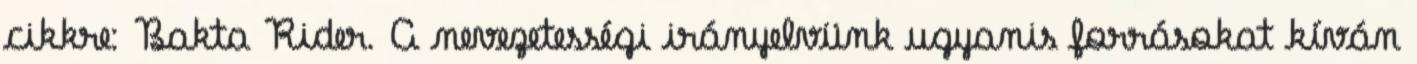
cikkre: Bakta Rider. A nevezetességi irányelvünk ugyanis forrásokat kíván